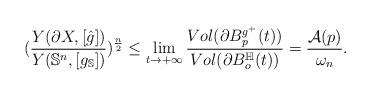
LaTeX: \begin{align*}(\frac{Y(\partial X,[\hat{g}])}{Y(\mathbb{S}^n,[g_{\mathbb{S}}])})^{\frac{n}{2}}\leq\lim\limits_{t\rightarrow+\infty}\frac{Vol(\partial B^{g^+}_p(t))}{Vol(\partial B^\mathbb{H}_o(t))}=\frac{\mathcal{A}(p)}{\omega_n}.\end{align*}